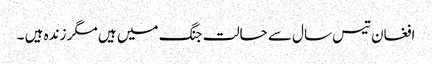
افغان تیس سال سے حالت جنگ میں ہیں مگر زندہ ہیں ۔